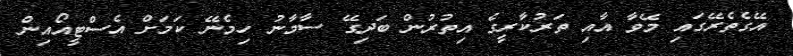
އޭގެތެރޭގައި މޭވާ އާއި ތަރުކާރީގެ އިތުރުން ބަދިގޭ ސާމާނު ހިމެނޭ ކަމަށް އެސްޓީއޯއިން